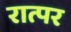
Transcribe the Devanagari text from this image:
रात्पर